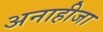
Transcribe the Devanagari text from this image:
अनाहीजा